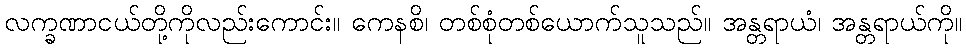
လက္ခဏာငယ်တို့ကိုလည်းကောင်း။ ကေနစိ၊ တစ်စုံတစ်ယောက်သူသည်။ အန္တရာယံ၊ အန္တရာယ်ကို။